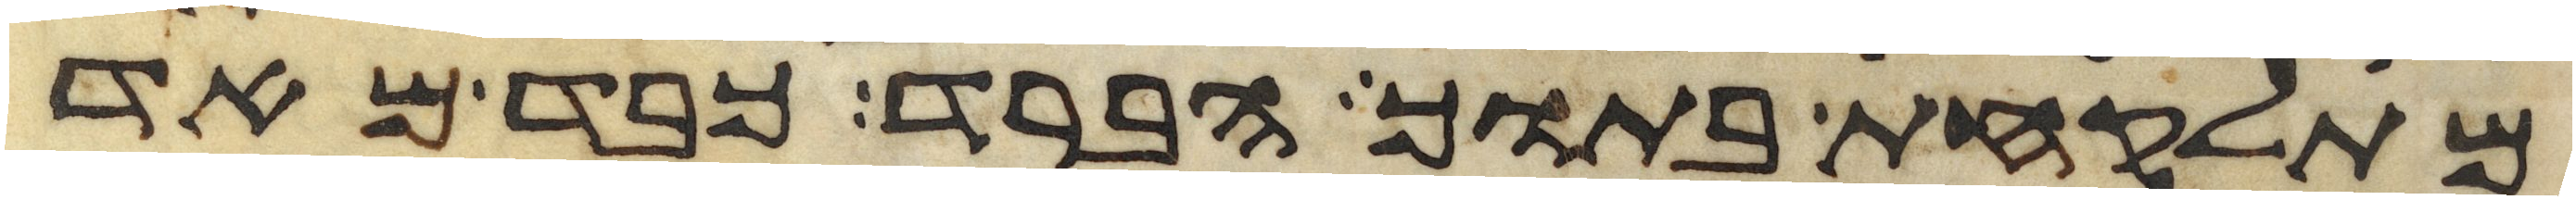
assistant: מתלקחת בתוך הברד כבד מאד